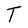
Character: T